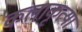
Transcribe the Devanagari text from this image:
कलाकृत्या